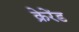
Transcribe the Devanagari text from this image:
क्रेरेंड